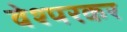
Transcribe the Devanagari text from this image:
वेश्परकर